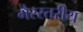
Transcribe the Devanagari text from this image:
गैरस्‍तरीय